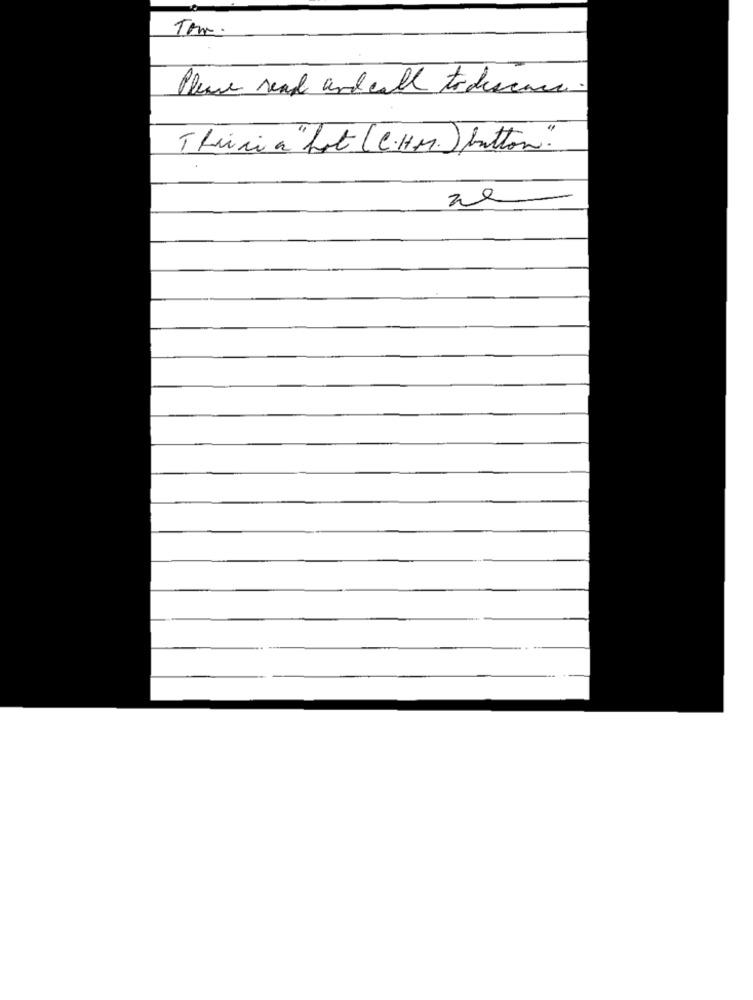
Tem.
Please read and call to discuss.
Theiria "hot (C.H.M. ) button"
ze